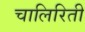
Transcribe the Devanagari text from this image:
चालिरिती